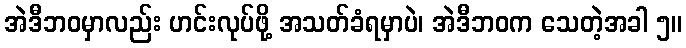
အဲဒီဘဝမှာလည်း ဟင်းလုပ်ဖို့ အသတ်ခံရမှာပဲ၊ အဲဒီဘဝက သေတဲ့အခါ ၅။